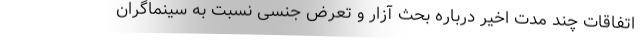
اتفاقات چند مدت اخیر درباره بحث آزار و تعرض جنسی نسبت به سینماگران